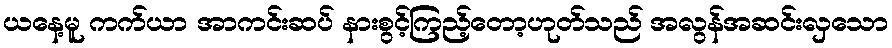
ယနေ့မူ ကက်ယာ အာကင်းဆပ် နားစွင့်ကြည့်တော့ဟုတ်သည် အလွန်အဆင်းလှသော